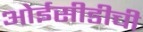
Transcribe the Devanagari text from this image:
ओईसीडीची